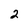
Character: 2